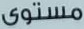
مستوى